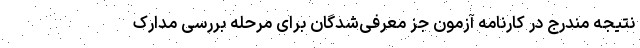
نتیجه مندرج در کارنامه آزمون جز معرفی‌شدگان برای مرحله بررسی مدارک